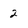
Character: 2